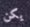
يكن